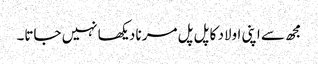
مجھ سے اپنی اولاد کا پل پل مرنا دیکھا نہیں جاتا۔